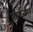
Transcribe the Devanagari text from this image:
कार्यन्वयन